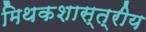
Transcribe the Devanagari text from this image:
मिथकशास्त्रीय